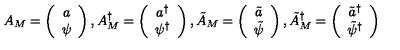
A _ { M } = \left( \begin{array} { c } { a } \\ { \psi } \\ \end{array} \right) , A _ { M } ^ { \dagger } = \left( \begin{array} { c } { a ^ { \dagger } } \\ { \psi ^ { \dagger } } \\ \end{array} \right) , \tilde { A } _ { M } = \left( \begin{array} { c } { \tilde { a } } \\ { \tilde { \psi } } \\ \end{array} \right) , \tilde { A } _ { M } ^ { \dagger } = \left( \begin{array} { c } { \tilde { a } ^ { \dagger } } \\ { \tilde { \psi } ^ { \dagger } } \\ \end{array} \right)